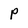
Character: p